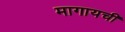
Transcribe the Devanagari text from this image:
मागायची